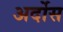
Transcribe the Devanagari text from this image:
अर्दोस